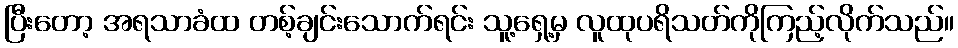
ပြီးတော့ အရသာခံထ တစ့်ချင်းသောက်ရင်း သူ့ရှေ့မှ လူထုပရိသတ်ကိုကြည့်လိုက်သည်။